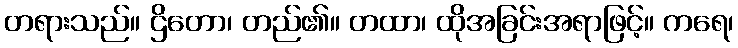
တရားသည်။ ဌိတော၊ တည်၏။ တထာ၊ ထိုအခြင်းအရာဖြင့်။ ကရေ၊